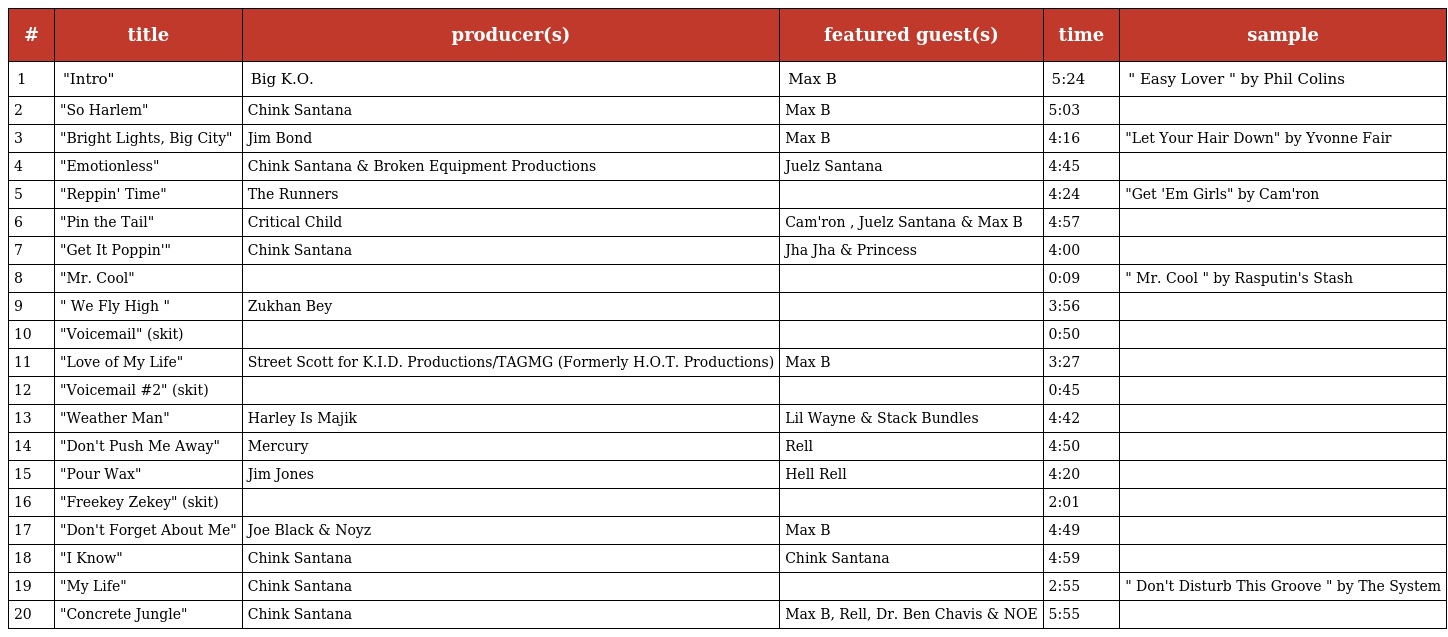
| # | title | producer(s) | featured guest(s) | time | sample |
 | --- | --- | --- | --- | --- | --- |
 | 1 | "Intro" | Big K.O. | Max B | 5:24 | " Easy Lover " by Phil Colins |
 | 2 | "So Harlem" | Chink Santana | Max B | 5:03 |  |
 | 3 | "Bright Lights, Big City" | Jim Bond | Max B | 4:16 | "Let Your Hair Down" by Yvonne Fair |
 | 4 | "Emotionless" | Chink Santana & Broken Equipment Productions | Juelz Santana | 4:45 |  |
 | 5 | "Reppin' Time" | The Runners |  | 4:24 | "Get 'Em Girls" by Cam'ron |
 | 6 | "Pin the Tail" | Critical Child | Cam'ron , Juelz Santana & Max B | 4:57 |  |
 | 7 | "Get It Poppin'" | Chink Santana | Jha Jha & Princess | 4:00 |  |
 | 8 | "Mr. Cool" |  |  | 0:09 | " Mr. Cool " by Rasputin's Stash |
 | 9 | " We Fly High " | Zukhan Bey |  | 3:56 |  |
 | 10 | "Voicemail" (skit) |  |  | 0:50 |  |
 | 11 | "Love of My Life" | Street Scott for K.I.D. Productions/TAGMG (Formerly H.O.T. Productions) | Max B | 3:27 |  |
 | 12 | "Voicemail #2" (skit) |  |  | 0:45 |  |
 | 13 | "Weather Man" | Harley Is Majik | Lil Wayne & Stack Bundles | 4:42 |  |
 | 14 | "Don't Push Me Away" | Mercury | Rell | 4:50 |  |
 | 15 | "Pour Wax" | Jim Jones | Hell Rell | 4:20 |  |
 | 16 | "Freekey Zekey" (skit) |  |  | 2:01 |  |
 | 17 | "Don't Forget About Me" | Joe Black & Noyz | Max B | 4:49 |  |
 | 18 | "I Know" | Chink Santana | Chink Santana | 4:59 |  |
 | 19 | "My Life" | Chink Santana |  | 2:55 | " Don't Disturb This Groove " by The System |
 | 20 | "Concrete Jungle" | Chink Santana | Max B, Rell, Dr. Ben Chavis & NOE | 5:55 |  |